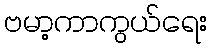
ဗမာ့ကာကွယ်ရေး